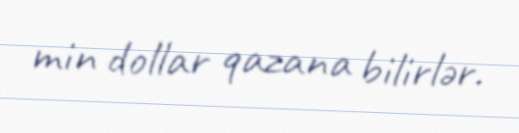
min dollar qazana bilirlər.